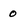
Character: o